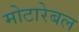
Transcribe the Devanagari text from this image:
मोटारेबल